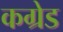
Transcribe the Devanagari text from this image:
कग्रेड